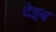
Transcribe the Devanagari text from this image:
देइब